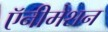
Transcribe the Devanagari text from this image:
ऍनीमेशन